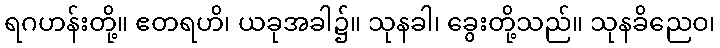
ရဂဟန်းတို့။ ဧတရဟိ၊ ယခုအခါ၌။ သုနခါ၊ ခွေးတို့သည်။ သုနခိညေဝ၊